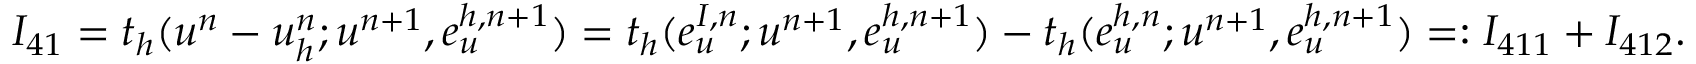
I _ { 4 1 } = t _ { h } ( u ^ { n } - u _ { h } ^ { n } ; \boldsymbol { u } ^ { n + 1 } , \boldsymbol { e } _ { u } ^ { h , n + 1 } ) = t _ { h } ( e _ { u } ^ { I , n } ; \boldsymbol { u } ^ { n + 1 } , \boldsymbol { e } _ { u } ^ { h , n + 1 } ) - t _ { h } ( e _ { u } ^ { h , n } ; \boldsymbol { u } ^ { n + 1 } , \boldsymbol { e } _ { u } ^ { h , n + 1 } ) = : I _ { 4 1 1 } + I _ { 4 1 2 } .